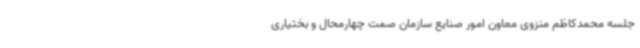
جلسه محمدکاظم منزوی معاون امور صنایع سازمان صمت چهارمحال و بختیاری